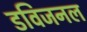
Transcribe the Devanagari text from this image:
डविजनल